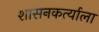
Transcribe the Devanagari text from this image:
शासनकर्त्याला